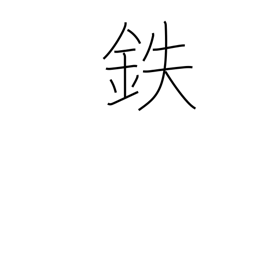
Meaning: iron